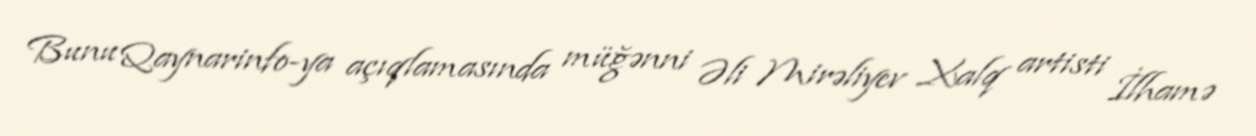
Bunu Qaynarinfo-ya açıqlamasında müğənni Əli Mirəliyev Xalq artisti İlhamə